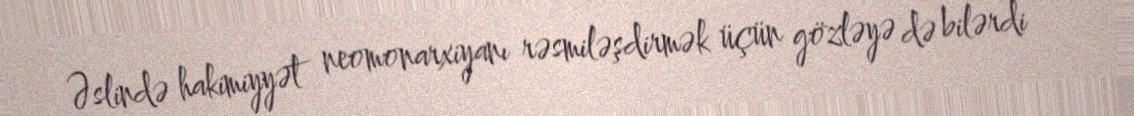
Əslində hakimiyyət neomonarxiyanı rəsmiləşdirmək üçün gözləyə də bilərdi -